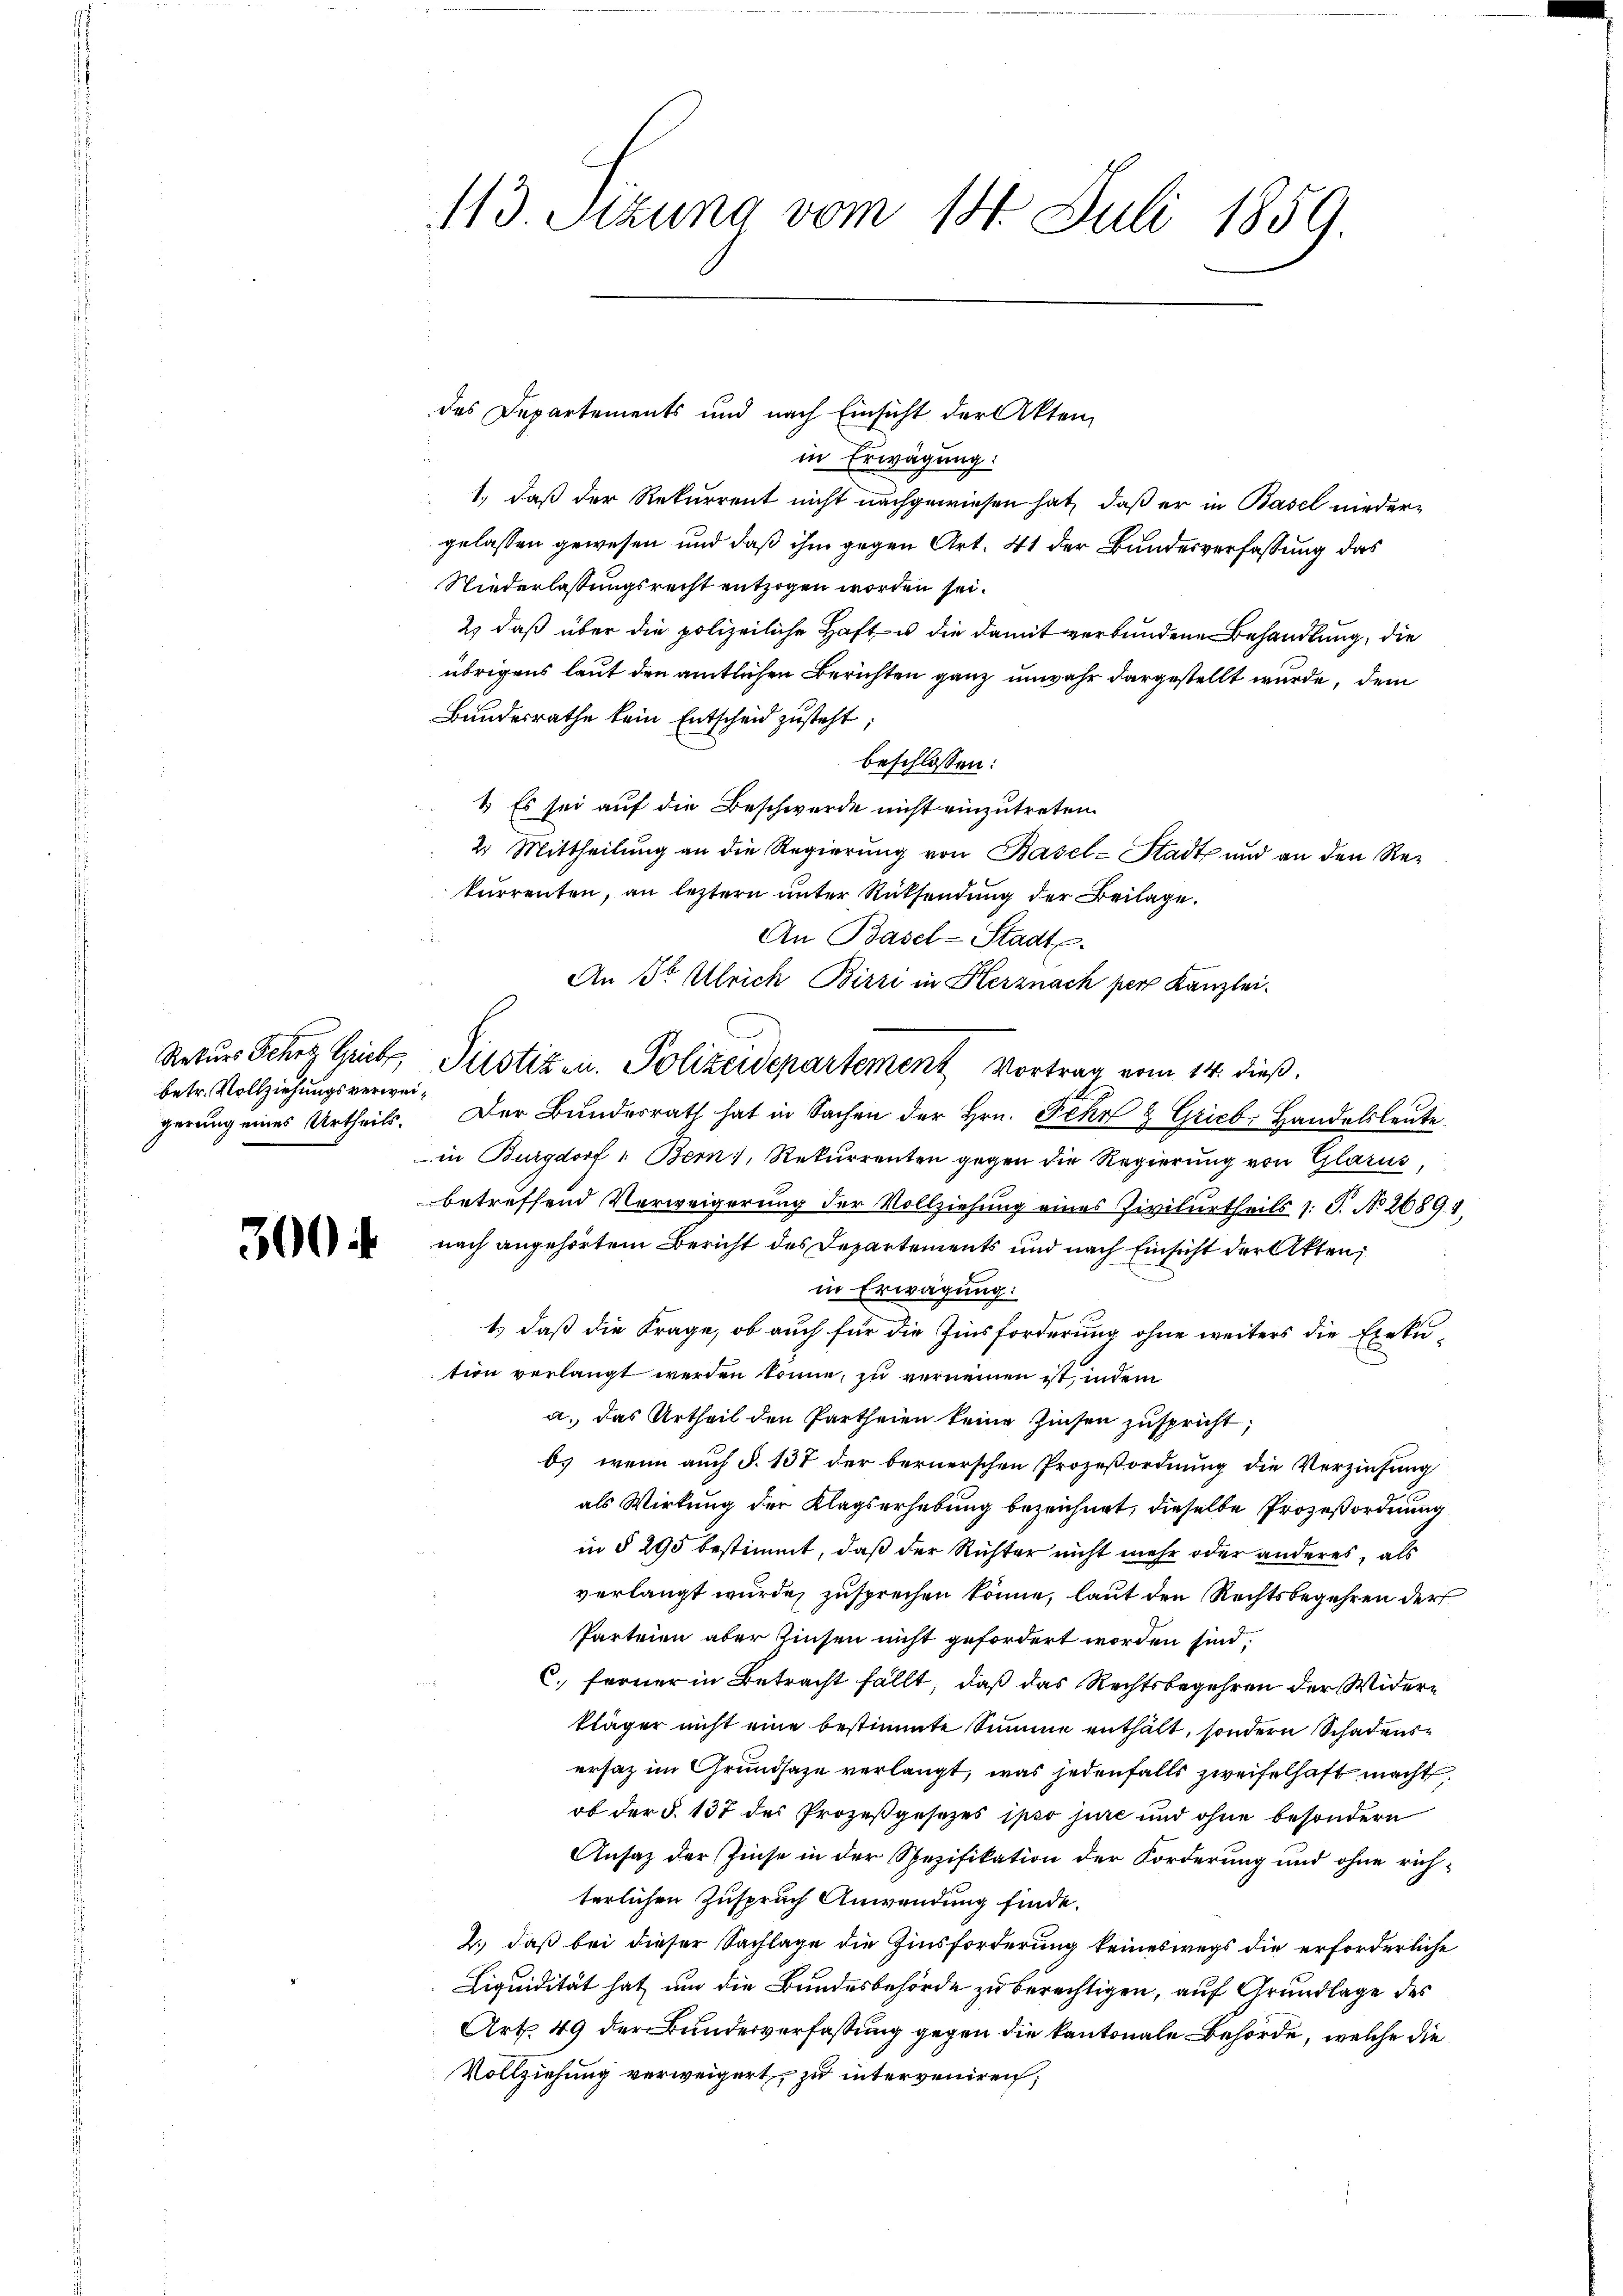
Rekurs Schen Griebe,
betr. Vollziehungsverweigerung eines Urtheils.

300

113. Setzung vom 18. Juli 1859.

des Departements und nach Einsicht der Akten,

in Erwägung:
1., daß der Rekurrent nicht nachgewiesen hat, daß er in Basel niedergelassen gewesen und daß ihm gegen Art. 41 der Bundesverfassung das
Niederlassungsrecht entzogen worden sei.
2) daß über die polizeiliche Haft- u. die damit verbundene Behandlung, die
übrigens laut den amtlichen Berichten ganz unwahr dargestellt wurde, dem
Bundesrathe kein Entscheid zusteht;
beschlossen:
1 Es sei auf die Beschwerde nicht einzutreten.
2. Mittheilung an die Regierung von Basel-Stadt und an den Rekurrenten, an leztern unter Rücksendung der Beilage.
An Basel-Stadt.
An Str. Ulrich Birri in Herznach per Kanzlei-
Der Bundesrath hat in Sachen der Hrn. Fehr & Grieb, Handelsleute
in Burgdorf 1. Bern), Rekurrenten gegen die Regierung von Glarus,
betreffend Verweigerung der Vollziehung eines Zivilurtheils s. S. No 2689. 4
nach angehörtem Bericht des Departements und nach Einsicht der Akten,
x
in Erwägung:
1., daß die Frage, ob auch für die Zinsforderung ohne weiters die Exekution verlangt werden könne, zu vernennen ist, indem
a. das Urtheil den Partheien keine Zinsen zuspricht,
b) wenn auch §. 137 der bernerschen Prozeßordnung die Verzinsung
als Wirkung der Klagserhebung bezeichnet, dieselbe Prozeßordnung
in § 295 bestimmt, daß der Richter nicht mehr oder anderes, als
verlangt wurde, zusprechen könne, laut den Rechtsbegehren der¬
Parteien aber Zinsen nicht gefordert worden sind.
C. ferner in Betracht fällt, daß das Rechtsbegehren der Widerkläger nicht eine bestimmte Summe enthält, sondern Schadensersaz im Grundsaze verlangt, was jedenfalls zweifelhaft macht,
ob der §. 137 des Prozeßgesezes ipso jure und ohne besondern
Ansaz der Zinse in der Spezifikation der Forderung und ohne rich-
terlichen Zuspruch Anwendung finde.
2.) daß bei dieser Sachlage die Zinsforderung keineswegs die erforderliche
Liquidität hat um die Bundesbehörde zu berechtigen, auf Grundlage des
Art. 49 der Bundesverfassung gegen die kantonale Behörde, welche die
Vollziehung verweigert, zu interveniren;

Justizen. Polizeidepartement Vortrag vom 14. dieß.